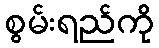
စွမ်းရည်ကို